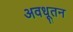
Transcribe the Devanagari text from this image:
अवधूतन